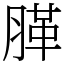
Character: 䐙